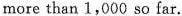
more than 1,000 so far.